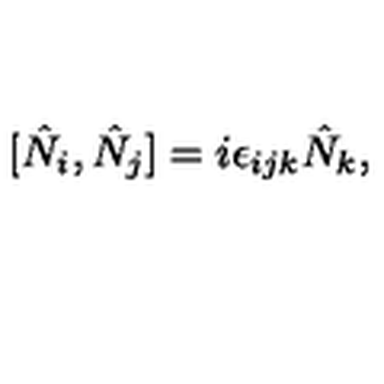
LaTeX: [ \hat { N } _ { i } , \hat { N } _ { j } ] = i \epsilon _ { i j k } \hat { N } _ { k } ,